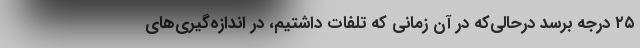
۲۵ درجه برسد درحالی‌که در آن زمانی که تلفات داشتیم، در اندازه‌گیری‌های